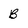
Character: B